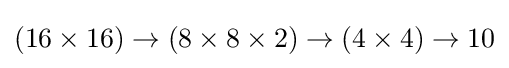
(16\times 16)\to (8\times 8\times 2)\to (4\times 4)\to 10